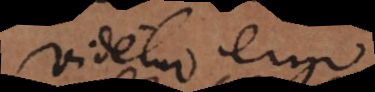
Videtur ergo